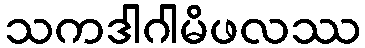
သကဒါဂါမိဖလဿ